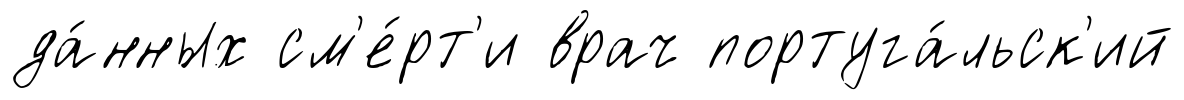
да́нных см'е́рт'и врач португа́льск'ий